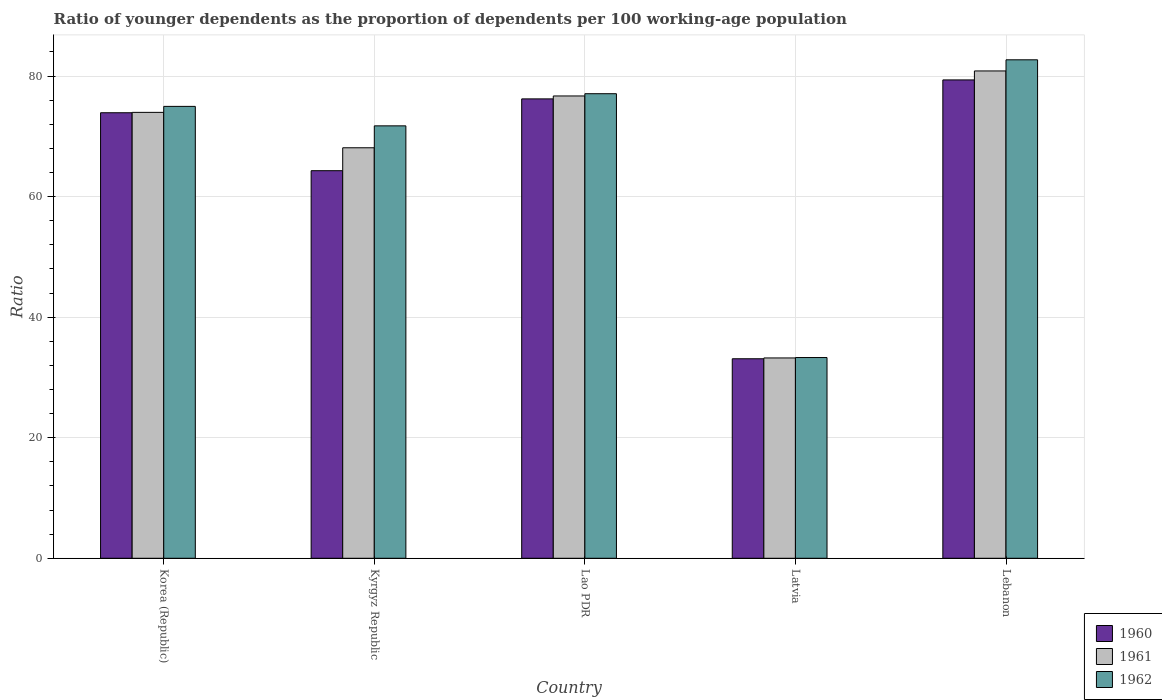
| Country | 1960 | 1961 | 1962 |
 | --- | --- | --- | --- |
 | Korea (Republic) | 73.9 | 74 | 75 |
 | Kyrgyz Republic | 64.3 | 68.1 | 71.7 |
 | Lao PDR | 76.2 | 76.7 | 77.1 |
 | Latvia | 33.1 | 33.2 | 33.3 |
 | Lebanon | 79.4 | 80.8 | 82.7 |